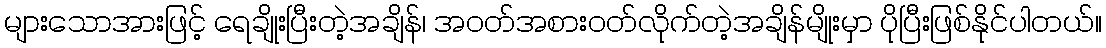
များသောအားဖြင့် ရေချိုးပြီးတဲ့အချိန်၊ အဝတ်အစားဝတ်လိုက်တဲ့အချိန်မျိုးမှာ ပိုပြီးဖြစ်နိုင်ပါတယ်။